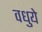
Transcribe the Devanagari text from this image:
वधुये